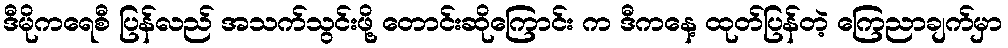
ဒီမိုကရေစီ ပြန်လည် အသက်သွင်းဖို့ တောင်းဆိုကြောင်း က ဒီကနေ့ ထုတ်ပြန်တဲ့ ကြေညာချက်မှာ